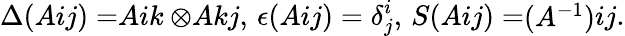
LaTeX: \Delta(\begin{array}{l}{{A}}\end{array}{i}{j})=\begin{array}{l}{{A}}\end{array}{i}{k}\otimes\begin{array}{l}{{A}}\end{array}{k}{j},\, \epsilon(\begin{array}{l}{{A}}\end{array}{i}{j})=\delta_{j}^{i},\, S(\begin{array}{l}{{A}}\end{array}{i}{j})=\begin{array}{l}{{(A^{-1})}}\end{array}{i}{j}.